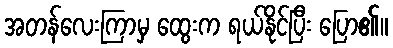
အတန်လေးကြာမှ ထွေးက ရယ်နိုင်ပြီး ပြော၏။